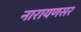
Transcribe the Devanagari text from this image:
नारायणसर